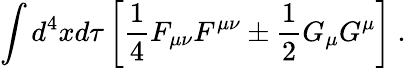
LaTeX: \int d^{4}xd\tau\left[\frac 14F_{\mu\nu}F^{\mu\nu}\pm\frac 12G_{\mu}G^{\mu}\right]\ .